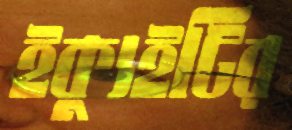
ইক্যুইটির